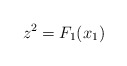
\begin{align*} z^2=F_1(x_1)\end{align*}